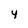
Character: 4